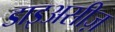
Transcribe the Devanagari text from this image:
डाइअसीज़